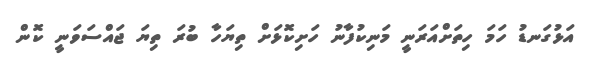
އަޅުގަނޑު ހަމަ ހިތަށްއަރަނީ މަނިކުފާނު ހަށިކޮޅަށް ތިޔަހާ ބުރަ ތިޔަ ޖައްސަވަނީ ކޮން